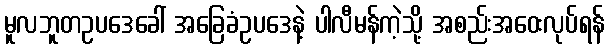
မူလဘူတဥပဒေခေါ် အခြေခံဥပဒေနဲ့ ပါလီမန်ကဲ့သို့ အစည်းအဝေးလုပ်ရန်